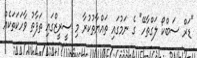
"ޑަރް ސަބްކޯ ލަގްތާހޭ" ގެ ނަމުގައި ތައްޔާތުކުރާ މި ސީރީޒްގައި ތަފާތު ވާހަކަތަކެއް